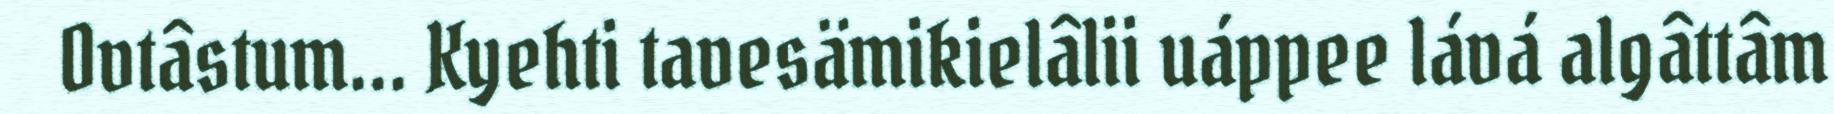
Ovtâstum... Kyehti tavesämikielâlii uáppee lává algâttâm